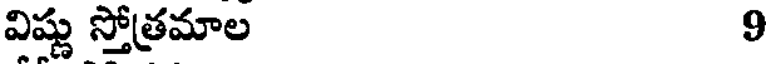
విష్ణు స్తోత్రమాల 9